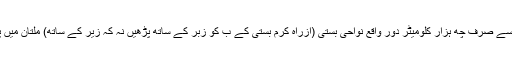
آپ لندن سے صرف چھ ہزار کلومیٹر دور واقع نواحی بستی (ازراهِ كرم بستی کے ب کو زبر کے ساتھ پڑھیں نہ کہ زیر کے ساتھ) ملتان میں پیدا ہوے۔